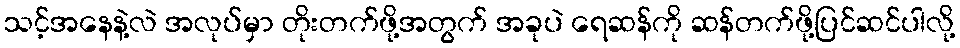
သင့်အနေနဲ့လဲ အလုပ်မှာ တိုးတက်ဖို့အတွက် အခုပဲ ရေဆန်ကို ဆန်တက်ဖို့ပြင်ဆင်ပါလို့